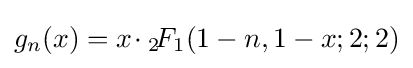
g_{n}(x)=x\!\cdot {}_{2}\!F_{1}(1-n,1-x;2;2)